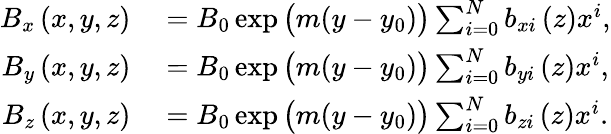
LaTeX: \begin{array}{rl}{B_{x}\left(x,y,z\right)}&{{}=B_{0}\exp\big(m(y-y_{0})\big)\sum_{i=0}^{N}b_{xi}\left(z\right)x^{i},}\\ {B_{y}\left(x,y,z\right)}&{{}=B_{0}\exp\big(m(y-y_{0})\big)\sum_{i=0}^{N}b_{yi}\left(z\right)x^{i},}\\ {B_{z}\left(x,y,z\right)}&{{}=B_{0}\exp\big(m(y-y_{0})\big)\sum_{i=0}^{N}b_{zi}\left(z\right)x^{i}.}\end{array}